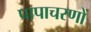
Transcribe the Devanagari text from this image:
पापाचरणों